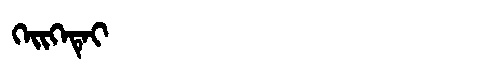
Manchu: ᡴᡝᡳᡴᡝᡨᡝᡳ
Romanization: KEIKETEI